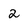
Character: 2